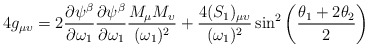
\begin{align*}4g_{\mu \upsilon} = 2{\partial \psi ^\beta \over \partial \omega_1}{\partial \psi ^\beta \over \partial \omega_1}{M_\mu M_\upsilon\over (\omega_1)^2} + {4(S_1)_{\mu \upsilon}\over (\omega_1)^2}\sin^2 \left({\theta_1 + 2\theta_2 \over 2}\right)\end{align*}